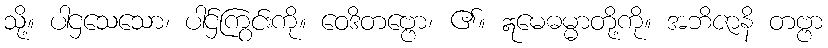
သို့။ ပါဌသေသော၊ ပါဌ်ကြွင်းကို။ ဝေဒိတဗ္ဗော၊ ၏။ ဣမေဓမ္မာတို့ကို။ အဘိဇာနိ တဗ္ဗာ